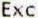
EXC